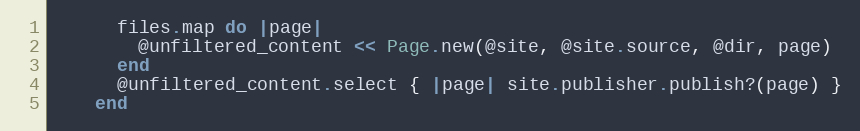
Language: Ruby
      files.map do |page|
        @unfiltered_content << Page.new(@site, @site.source, @dir, page)
      end
      @unfiltered_content.select { |page| site.publisher.publish?(page) }
    end